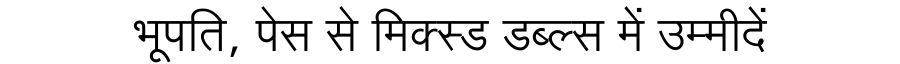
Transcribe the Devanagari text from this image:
भूपति, पेस से मिक्स्ड डब्ल्स में उम्मीदें